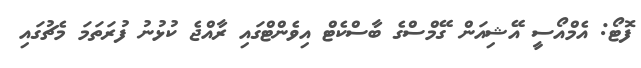
ފޮޓޯ: އެމްއޯސީ އޭޝިއަން ގޭމްސްގެ ބާސްކެޓް އިވެންޓްގައި ރާއްޖެ ކުޅުނު ފުރަތަމަ މެޗުގައި